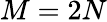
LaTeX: M=2N